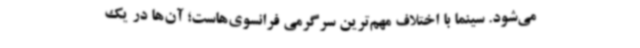
می‌شود. سینما با اختلاف مهم‌ترین سرگرمی فرانسوی‌هاست؛ آن‌ها در یک